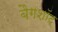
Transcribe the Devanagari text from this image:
बैगशॉट्